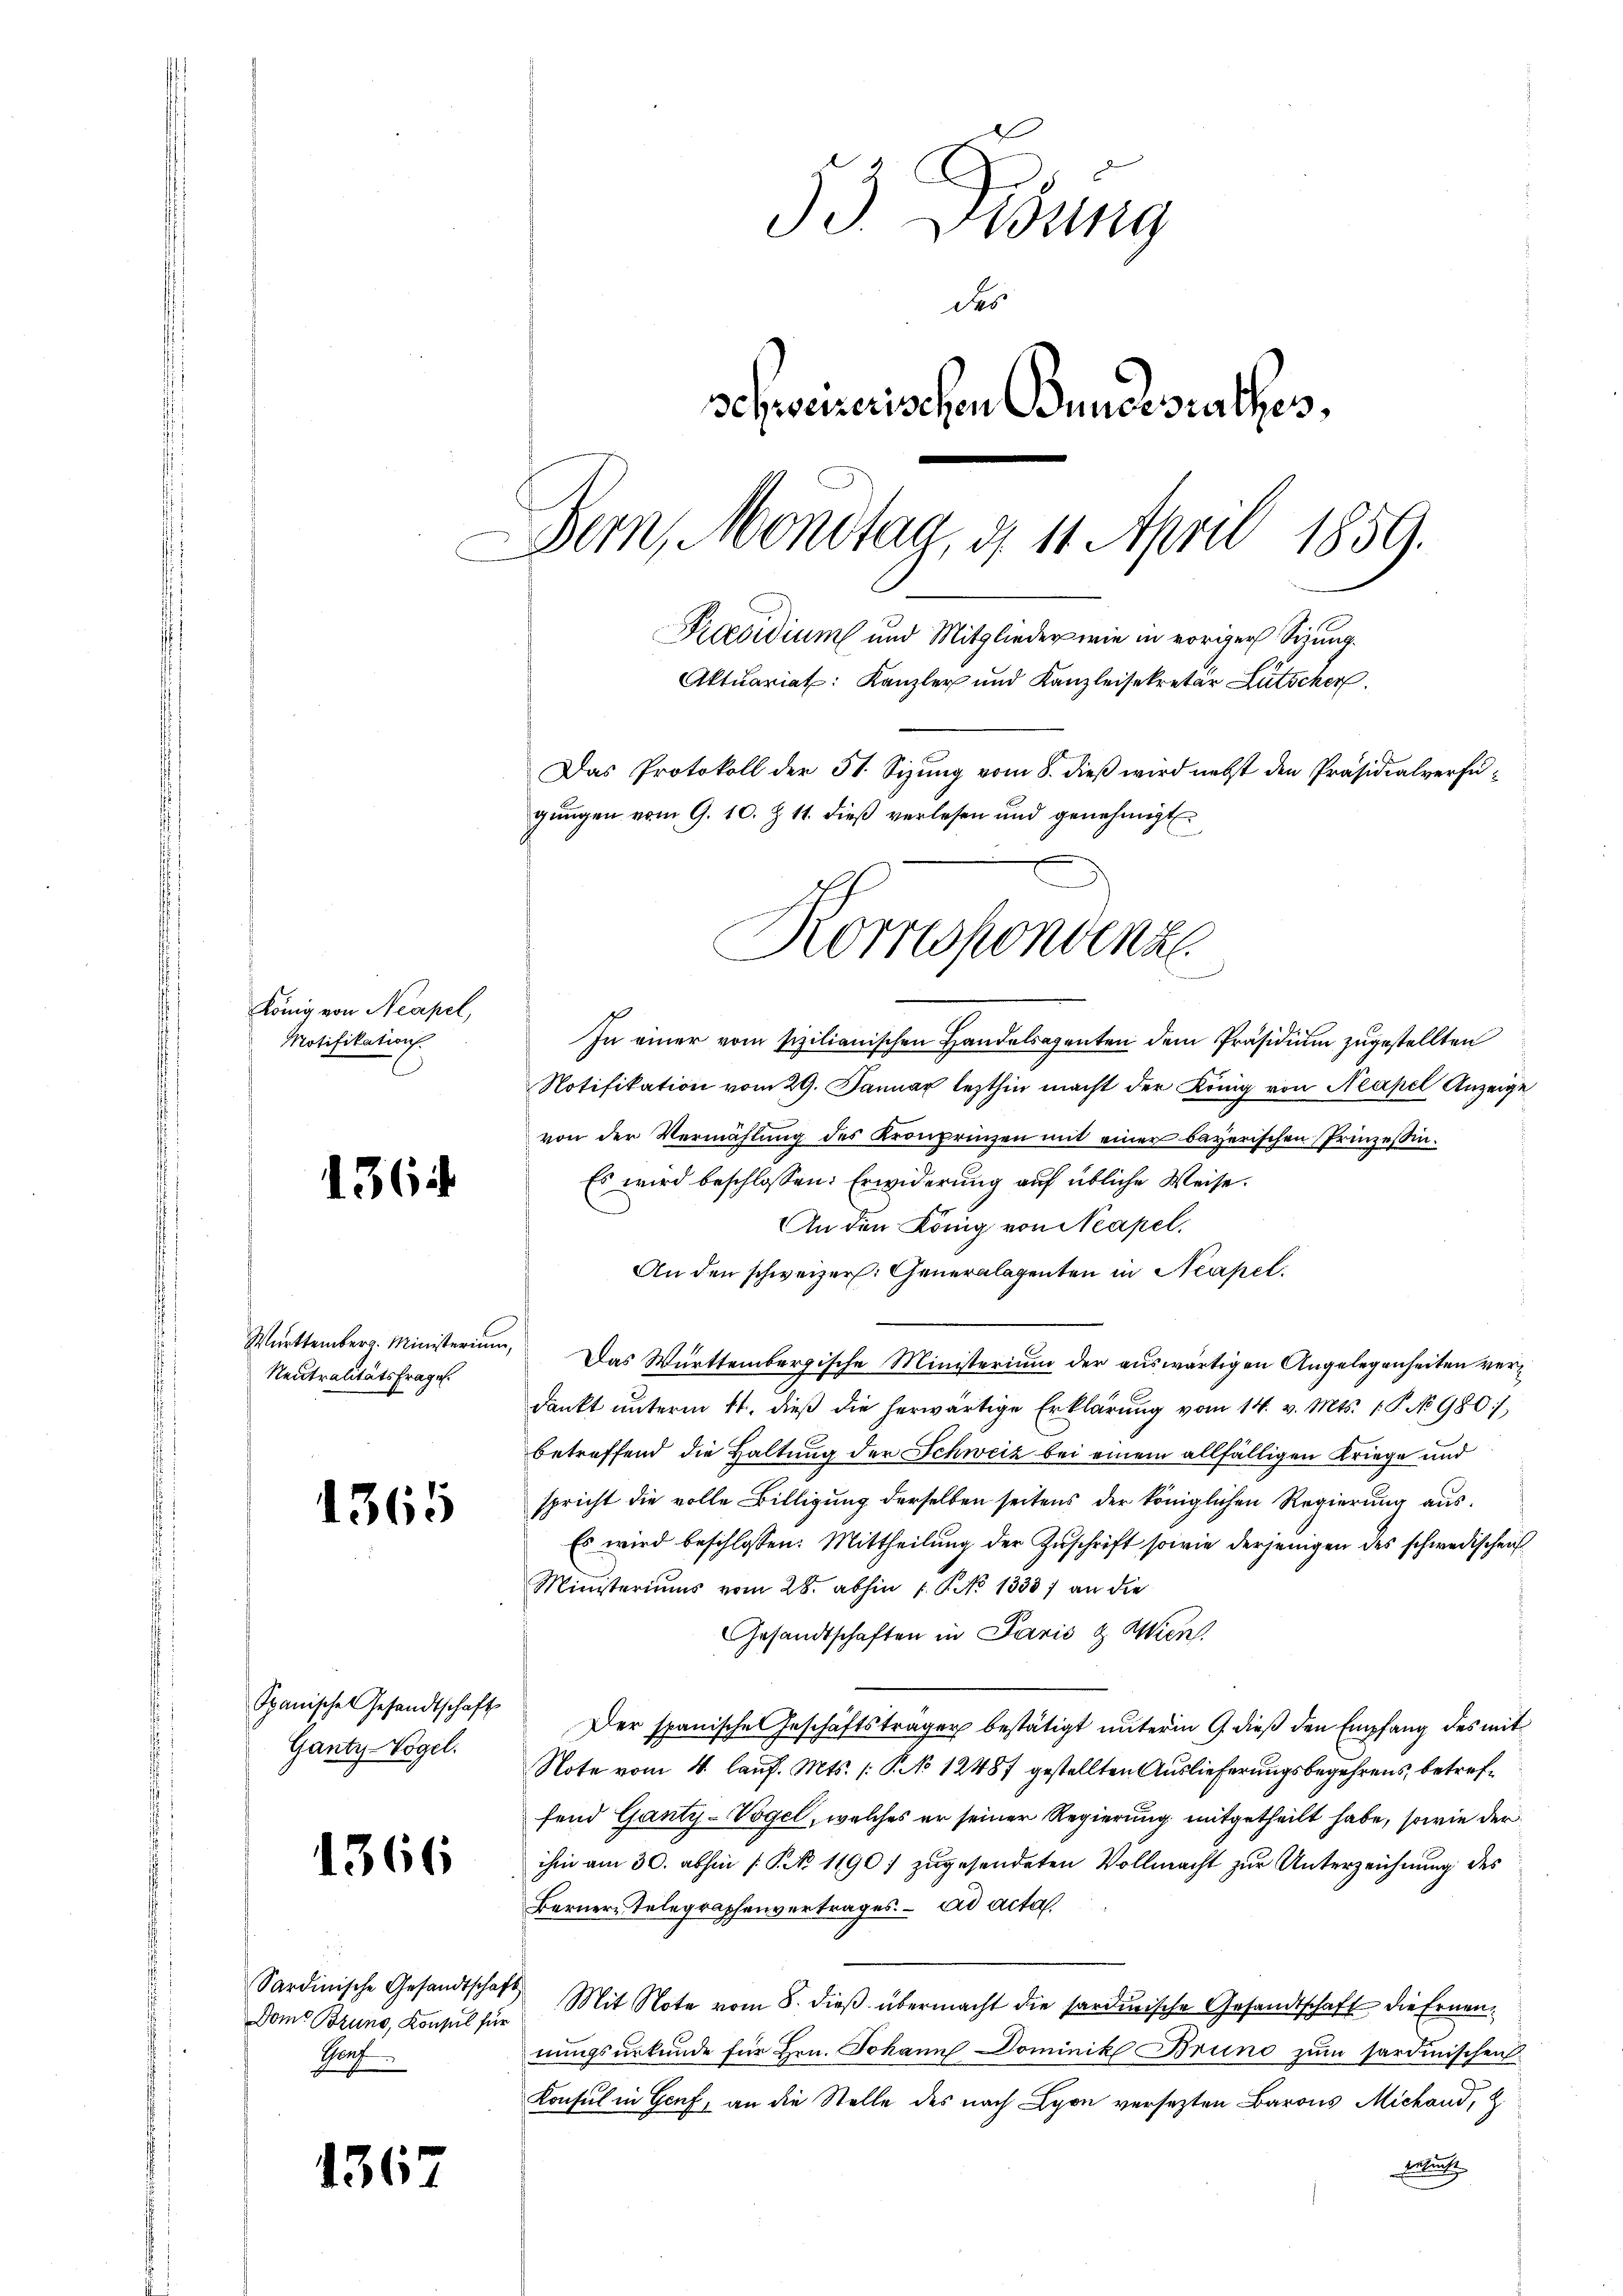
König von Neapel,
Notifikation

1364

Württemberg. Ministerium,
Neutralitätsfrage

1365

Spanische Gesandtschaft
Gantz-Vogel.

1366

Sardinische Gesandtschaf
Gruf

1367

dd. Bisung
des
schweizerischen Bundesrathes.
Bern, Montag, d. 11. April 1859.
Praesidium und Mitglieder wie in voriger Sitzung.
Aktuariat: Kanzler und Kanzleisekretär Lütscher
Das Protokoll der 31. Sizung vom 8. dieß wird nebst den Präsidialverfügungen vom 9. 10. Z. 11. dieß verlesen und genehmigt

Korrespondenz
e

In einer vom sizilianischen Handelsagenten dem Präsidium zugestellten
Notifikation vom 29. Januar lezthin macht der König von Neapel Anzeige
von der Vermählung des Kronprinzen mit einer bayerischen Prinzessin.
Es wird beschlossen: Erwiderung auf übliche Weise.
An den König von Neapel.
An den schweizer. Generalagenten in Neapel.
Das Württembergische Ministerium der auswärtigen Angelegenheiten verdankt ŭnterm 11. dieβ die herwärtige Erklärŭng vom 14. v. Mts. 1. P. No 980),
betreffend die Haltung der Schweiz bei einem allfälligen Kriege und
spricht die volle Billigung derselben seitens der königlichen Regierung aus¬
Es wird beschlossen: Mittheilung der Zŭschrift sowie derjenigen des schwedischen
Ministeriums vom 28. abhin 1 S. No 1333) an die
Gesandtschaften in Paris & Wien.
Der spanische Geschäftsträger bestätigt unterm 9 dieß den Empfang des mit
Note vom 4. lauf. Mts. (: No 12487 gestellten Auslieferungsbegehrens, betreffend Ganty-Vogel, welches er seiner Regierung mitgetheilt habe, sowie der
ihm am 30. abhin /: P. No 1190) zugesendeten Vollmacht zur Unterzeichnung des
Berner Telegraphenvertrages. ad acta
s
Dem Bruns, Konsul für Mit Note vom 8. dieβ übermacht die sarderische Gesandtschaft die Ernennungsurkunde für Hrn. Johann Dominik Brund zum Sardinischen
Konsul in Genf, an die Stelle des nach Lyon versezten Barons Michand,
betent